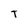
Character: T